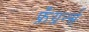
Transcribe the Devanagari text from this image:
फ्रँग्रर्न्स